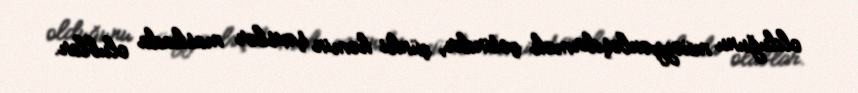
olduğunu müəyyənləşdirmək çətindir, çünki həmin şəxslər maskada olublar.